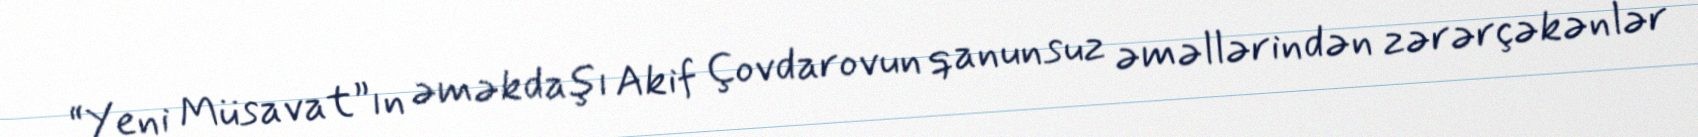
“Yeni Müsavat”ın əməkdaşı Akif Çovdarovun qanunsuz əməllərindən zərərçəkənlər